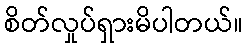
စိတ်လှုပ်ရှားမိပါတယ်။